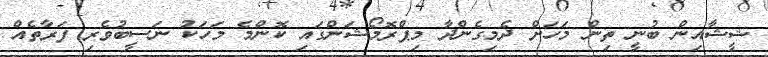
ޝީޝާއިން ބުނީ ތިން މަހަށް ދެމިގެންދާ މިޕްރޮމޯޝަންގައި ކޮންމެ މަހަކު ނަސީބުވެރި ފަރާތެއް